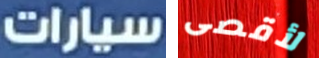
سيارات لأقصى